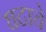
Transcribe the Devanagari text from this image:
घटाचे